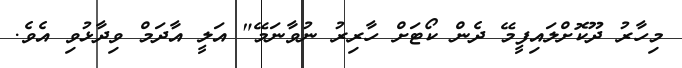
މިހާރު ދޫކޮށްލައިފީމޭ ދެން ކޯޓަށް ހާރިރު ނުވާނަމޭ" އަލީ އާދަމް ވިދާޅުވި އެވެ.